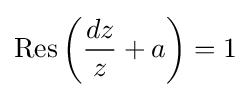
\operatorname {Res} \left({\frac {dz}{z}}+a\right)=1